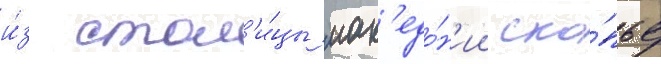
и́з стол'и́цы мак'едо́н'ии ско́пье